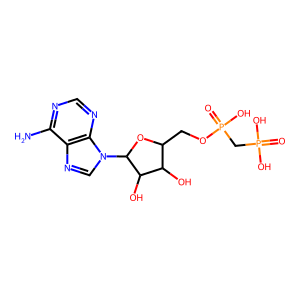
SMILES: Nc1ncnc2c1ncn2C1OC(COP(=O)(O)CP(=O)(O)O)C(O)C1O
Inhibits HIV replication: No